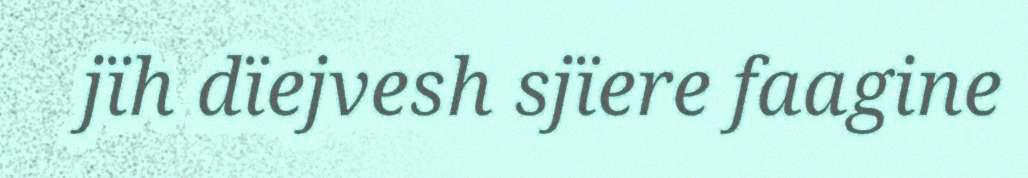
jïh dïejvesh sjïere faagine